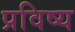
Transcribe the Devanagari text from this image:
प्रविष्य